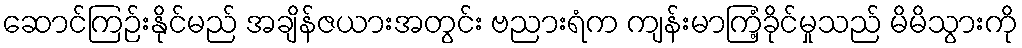
ဆောင်ကြဉ်းနိုင်မည် အချိန်ဇယားအတွင်း ဗညားရံက ကျန်းမာကြံ့ခိုင်မှုသည် မိမိသွားကို